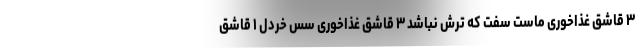
۳ قاشق غذاخوری ماست سفت که ترش نباشد ۳ قاشق غذاخوری سس خردل ۱ قاشق